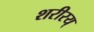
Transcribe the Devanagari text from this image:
शरीरय्